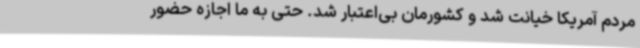
مردم آمریکا خیانت شد و کشورمان بی‌اعتبار شد. حتی به ما اجازه حضور